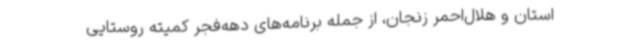
استان و هلال‌احمر زنجان، از جمله برنامه‌های دهه‌فجر کمیته روستایی